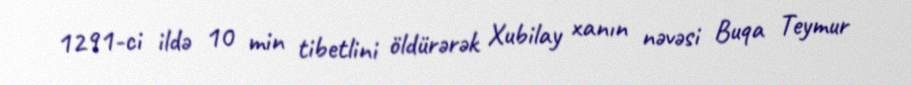
1291-ci ildə 10 min tibetlini öldürərək Xubilay xanın nəvəsi Buqa Teymur